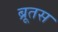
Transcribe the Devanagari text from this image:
ब्रूतस